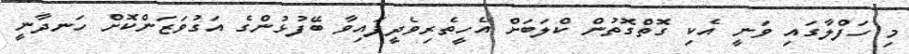
މި ހަފްލާގައި ވަނީ އެކި ގޮތްގޮތުން ކްލަބަށް އެހީތެރިވެދީފައިވާ ބޭފުޅުންގެ އަގުވަޒަންކޮށް ހަނދާނީ